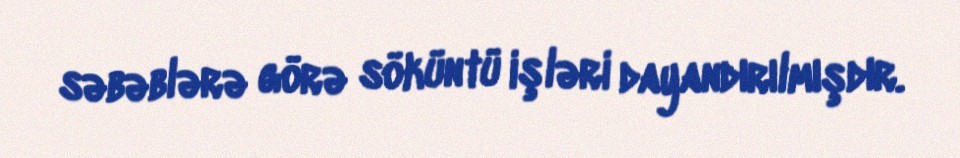
səbəblərə görə söküntü işləri dayandırılmışdır.